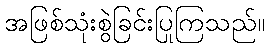
အဖြစ်သုံးစွဲခြင်းပြုကြသည်။